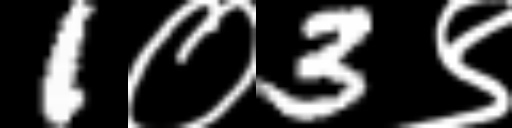
Text: 1०3९